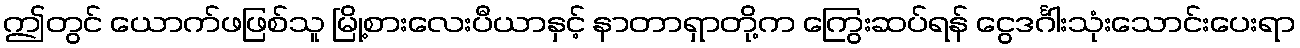
ဤတွင် ယောက်ဖဖြစ်သူ မြို့စားလေးပီယာနှင့် နာတာရှာတို့က ကြွေးဆပ်ရန် ငွေဒင်္ဂါးသုံးသောင်းပေးရာ